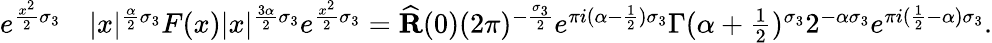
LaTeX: \begin{array}{rl}{e^{\frac{x^{2}}{2}\sigma_{3}}}&{|x|^{\frac{\alpha}{2}\sigma_{3}}F(x)|x|^{\frac{3\alpha}{2}\sigma_{3}}e^{\frac{x^{2}}{2}\sigma_{3}}=\widehat{\mathbf{R}}(0)(2\pi)^{-\frac{\sigma_{3}}{2}}e^{\pi i(\alpha-\frac{1}{2})\sigma_{3}}\Gamma(\alpha+\textstyle\frac{1}{2})^{\sigma_{3}}2^{-\alpha\sigma_{3}}e^{\pi i(\frac{1}{2}-\alpha)\sigma_{3}}.}\end{array}